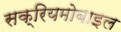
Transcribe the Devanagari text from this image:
सक्रियमोबाइल